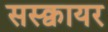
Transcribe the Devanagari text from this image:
सस्क्वायर